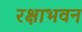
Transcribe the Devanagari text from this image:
रक्षाभवन